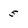
Character: 5